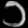
Digit: ၁